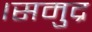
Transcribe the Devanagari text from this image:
।समुद्र